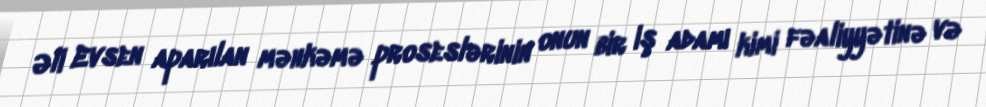
Əli Evsen aparılan məhkəmə proseslərinin onun bir iş adamı kimi fəaliyyətinə və